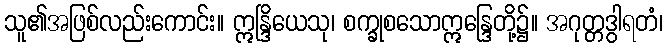
သူ၏အဖြစ်လည်းကောင်း။ ဣန္ဒြိယေသု၊ စက္ခုစသောဣန္ဒြေတို့၌။ အဂုတ္တဒွါရတံ၊